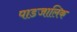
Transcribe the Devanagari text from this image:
पाडजालिक